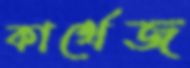
কার্থেজ